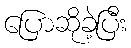
ပြောဆိုခဲ့ပြီး